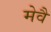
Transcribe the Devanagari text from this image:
मेवै